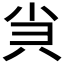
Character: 𡭩